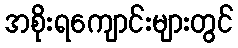
အစိုးရကျောင်းများတွင်